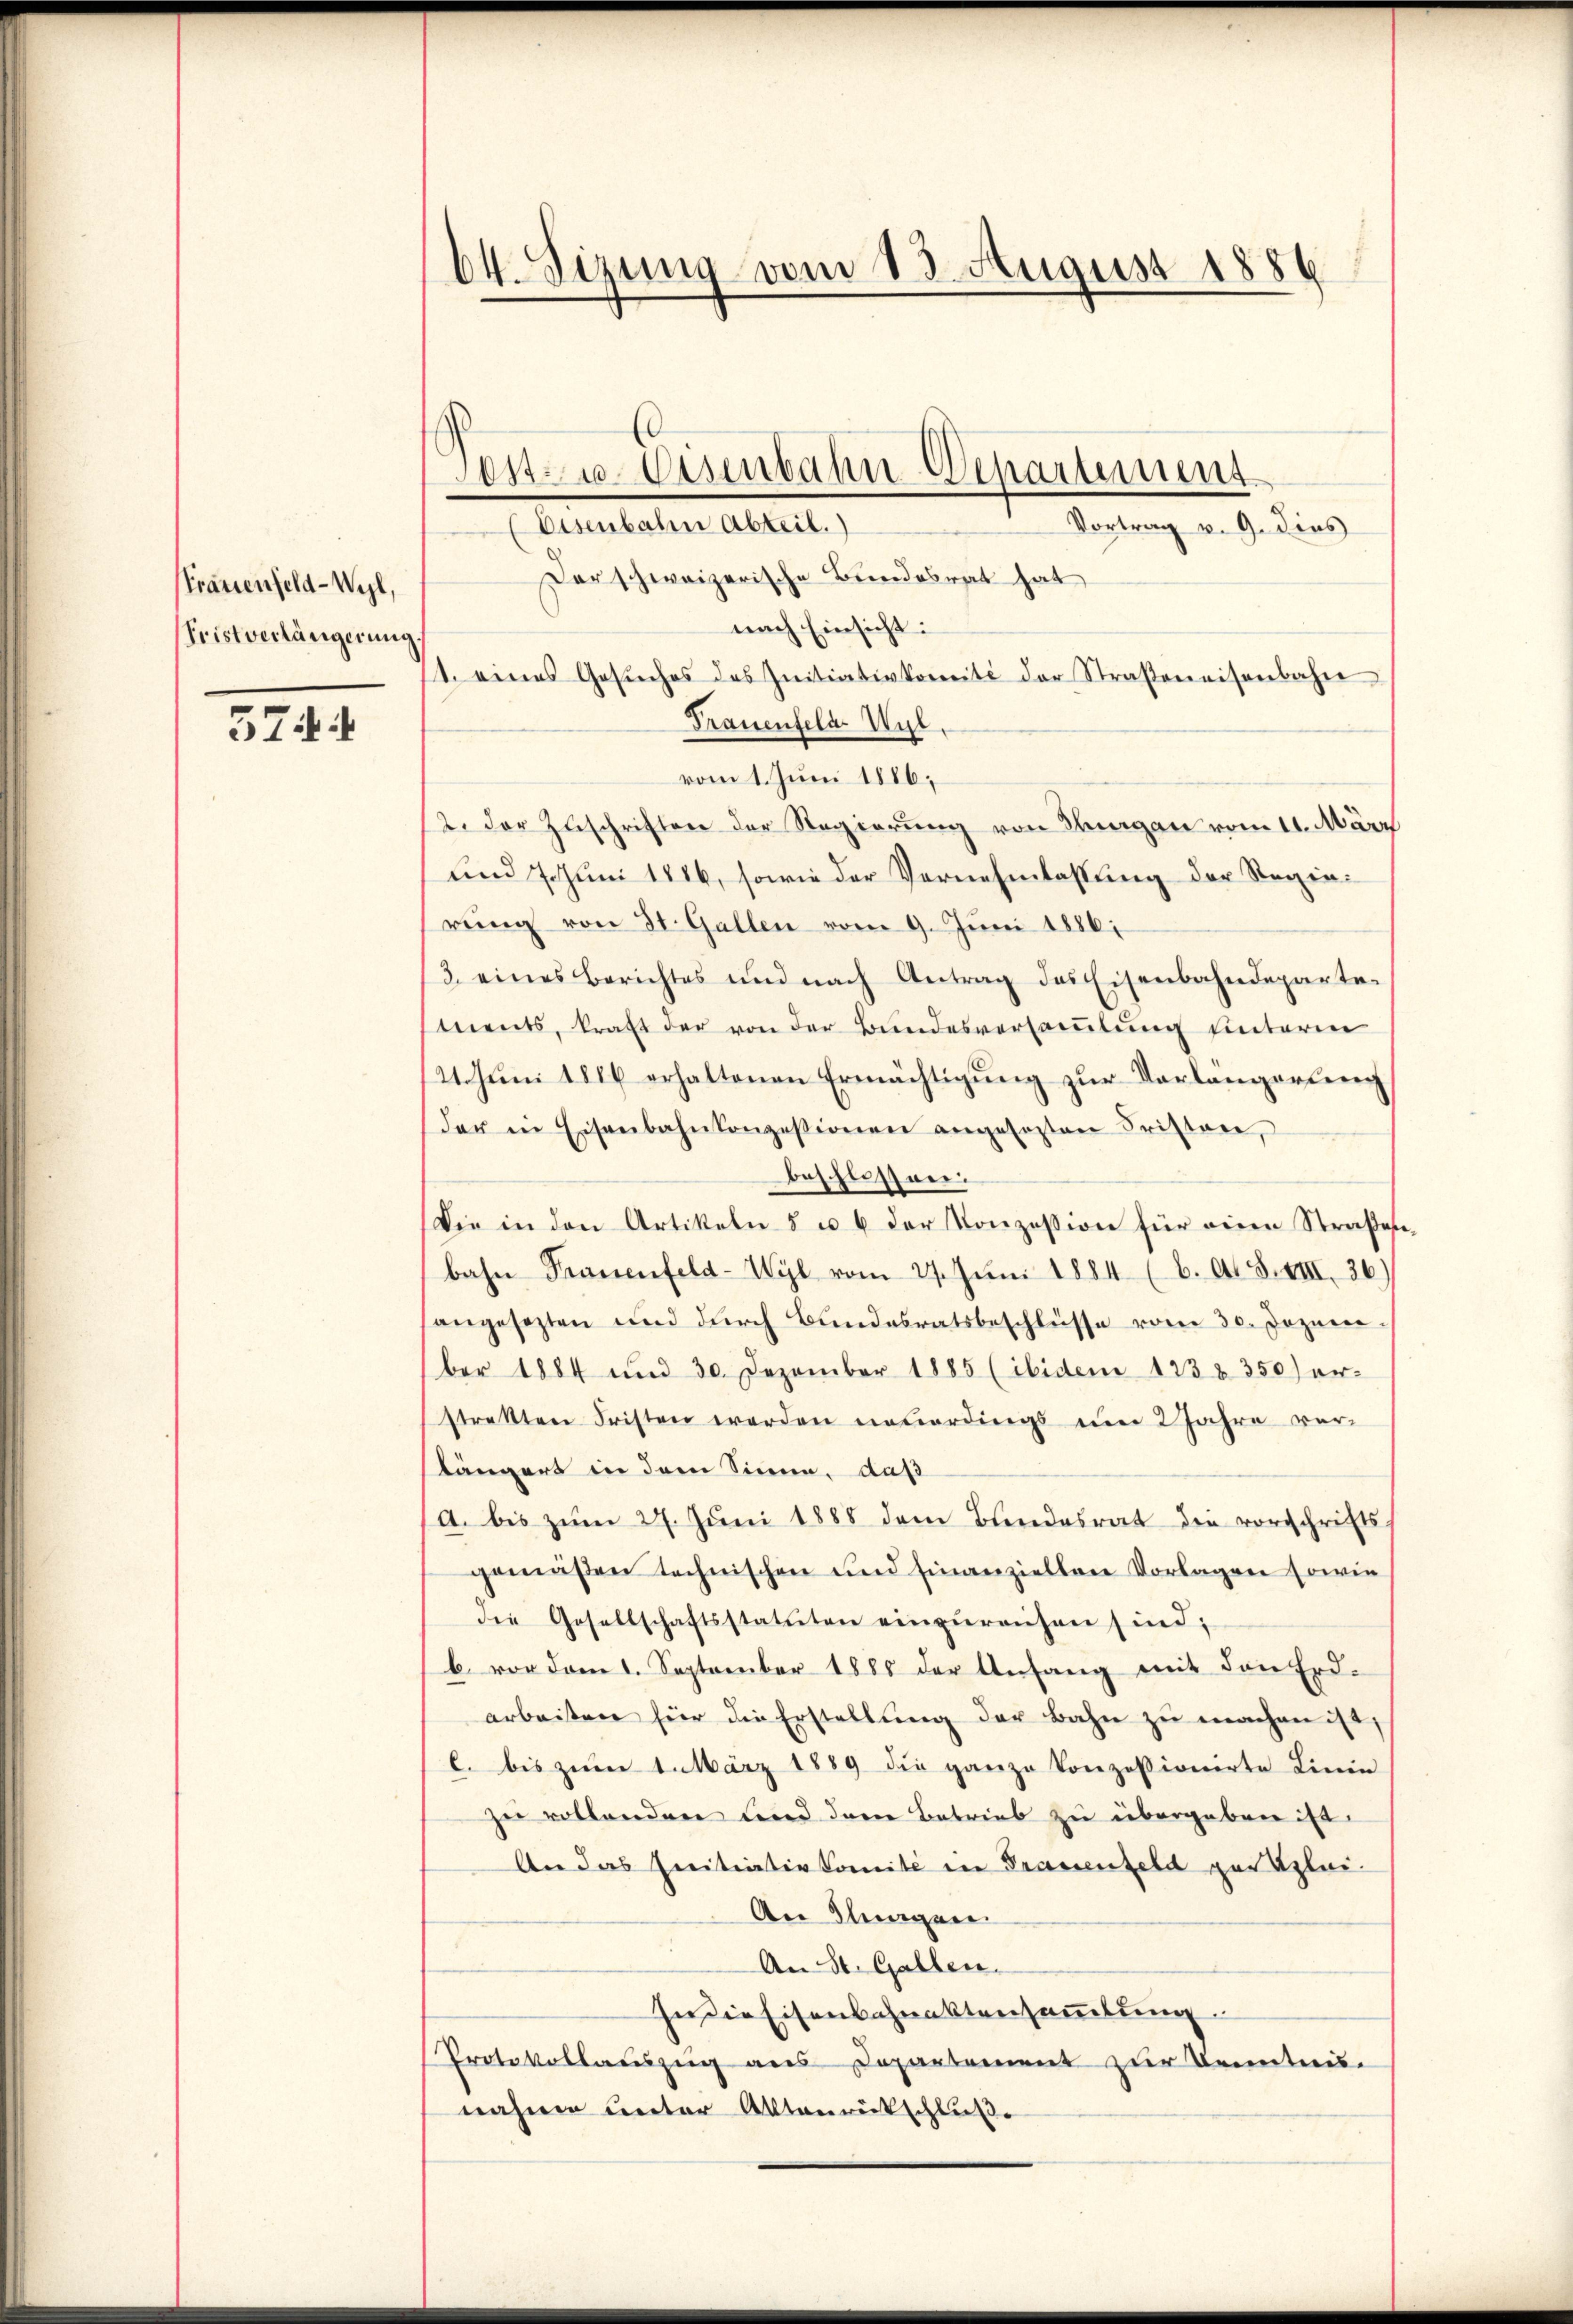
Ptrauenfeld-Wyl,
Pristverlängerung

374

64. Sizung vom 13. August 1886

Der schweizerische Bundesrat hat
nach Einsicht:
1. eines Gesŭches des Initiativkomité der Straßeneisenbahn
Trauenfela Wyl,
vom 1. Juni 1886;
12. der Zuschriften der Regierung von Tagen vom 11. März
und Juni 1816, sowie der Vernehmlassung der Regierŭng von St. Gallen vom 9. Juni 1886.
/3. eines Berichtes und nach Antrag des Eisenbahndeparte-
ments, kraft der von der Bundesversammlung unterm
21. Juni 1886 erhaltenen Ermächtigung zur Vorlängerung
der in Eisenbahnkonzessionen angesezten Fristen,
beschlossen
Die in den Artikeln 5 u. 6 der Konzession für eine Straßenbahn Frauenfeld-Wyl vom 27. Juni 1884 (b. A. S. VIII 26)
angesezten und durch Bundesratsbeschlüsse vom 30. Dezember 1884 und 30. Dezember 1885 (ibidem 1238 350) er-
stretten Fristen werden neuerdings um 2 Jahre verlängert in dem Sinne, daß
A. bis zum 27. Juni 1888 dem Bundesrat die vorschrifts
gemäßen technischen und finanziellen Vorlagen sowie
die Gesellschaftsstatuten einzŭreichen sind;
b. vor dem 1. September 1885 der Anfang mit den Erd-
arbeiten für die Erstellŭng der Bahn zŭ machen ist,
l. bis zum 1. März 1889 die ganze konzessionirte Linie
zu vollanden und dem Betrieb zu übergeben ist.
An das Freitiativkomité in Prassenfeld verglei¬
An Klingen
An St. Gallen.
In die Eisenbahnaktensaṁlŭng
Protokollauszug aus Departement zur Kenntnis-
nahme unter Aktenrütschluße

Ses- u. Eisenbahn-Departement
Eisenbahre Abteil.)
Vortrag v. 9. dies